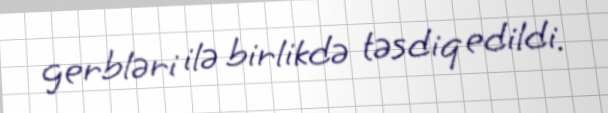
gerbləri ilə birlikdə təsdiq edildi.